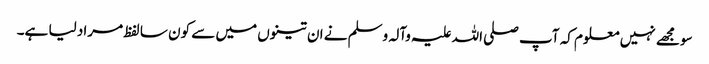
سو مجھے نہیں معلوم کہ آپ صلی اللہ علیہ وآلہ وسلم نے ان تینوں میں سے کون سا لفظ مراد لیا ہے۔